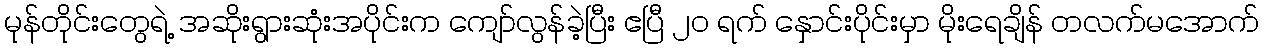
မုန်တိုင်းတွေရဲ့ အဆိုးရွားဆုံးအပိုင်းက ကျော်လွန်ခဲ့ပြီး ဧပြီ ၂၀ ရက် နှောင်းပိုင်းမှာ မိုးရေချိန် တလက်မအောက်